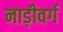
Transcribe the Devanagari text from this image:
नाड़ीवर्ग